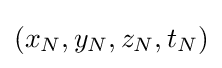
(x_{N},y_{N},z_{N},t_{N})